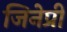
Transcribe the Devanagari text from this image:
जिनेप्री